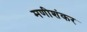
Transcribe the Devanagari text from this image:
मणीशंकर